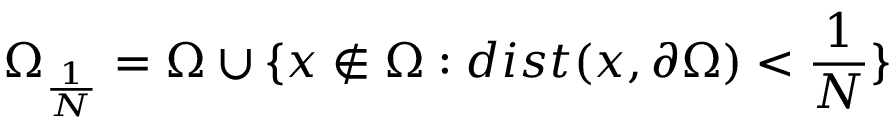
\Omega _ { \frac { 1 } { N } } = \Omega \cup \{ x \notin \Omega : d i s t ( x , \partial \Omega ) < \frac { 1 } { N } \}